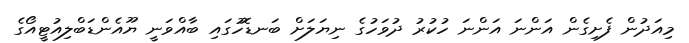
މިއަދުން ފެށިގެން އަންނަ އަންނަ ހުކުރު ދުވަހުގެ ނިޔަލަަށް ބަނޑޮހުގައި ބާއްވަނީ ޔޫއެންޑަބްލިއުޓީއޯގެ